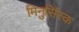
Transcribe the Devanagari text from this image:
मिनुसिंस्क